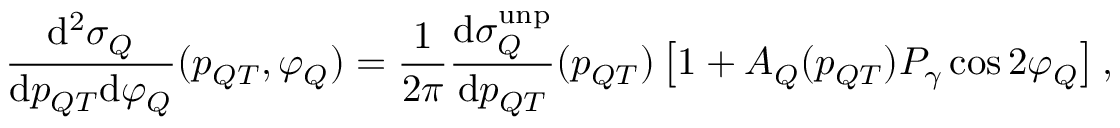
\frac { { \mathrm { { d } } } ^ { 2 } \sigma _ { Q } } { { { \mathrm { d } } } p _ { Q T } { \mathrm { { d } } } \varphi _ { Q } } ( p _ { Q T } , \varphi _ { Q } ) = \frac { 1 } { 2 \pi } \frac { { { \mathrm { d } } } \sigma _ { Q } ^ { \mathrm { { u n p } } } } { { { \mathrm { d } } } p _ { Q T } } ( p _ { Q T } ) \left[ 1 + A _ { Q } ( p _ { Q T } ) { \cal P } _ { \gamma } \cos 2 \varphi _ { Q } \right] ,